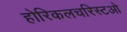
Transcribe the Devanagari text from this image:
होरिकलचरिस्टओ